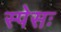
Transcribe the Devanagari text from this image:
स्पेसः